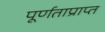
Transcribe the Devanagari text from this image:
पूर्णताप्राप्त